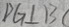
D G \bot B C